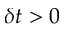
\delta t > 0